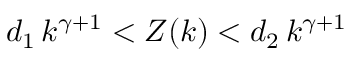
d _ { 1 } \, k ^ { \gamma + 1 } < Z ( k ) < d _ { 2 } \, k ^ { \gamma + 1 }